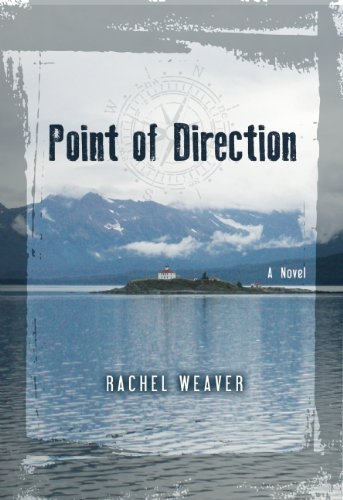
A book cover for Point of Direction; Rachel Weaver; Literature & Fiction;